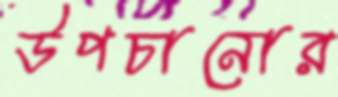
উপচানোর